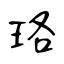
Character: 珞